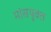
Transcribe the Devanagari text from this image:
मांसयुक्त